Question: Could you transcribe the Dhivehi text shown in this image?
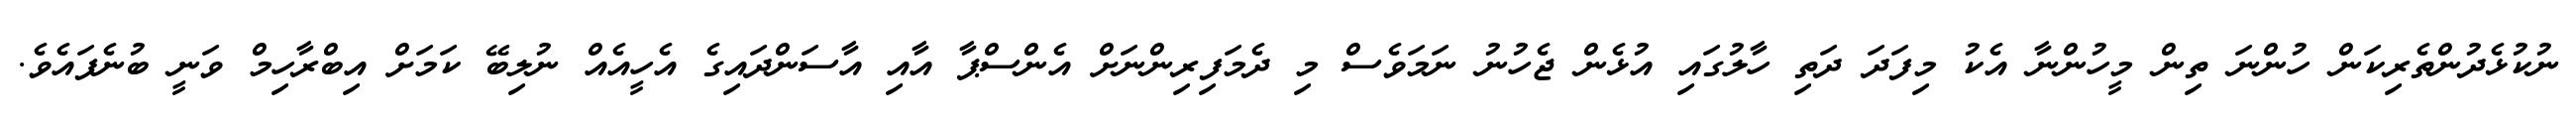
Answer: ނުކުޅެދުންތެރިކަން ހުންނަ ތިން މީހުންނާ އެކު މިފަދަ ދަތި ހާލުގައި އުޅެން ޖެހުނު ނަމަވެސް މި ދެމަފިރިންނަށް އެންސްޕާ އާއި އާސަންދައިގެ އެހީއެއް ނުލިބޭ ކަމަށް އިބްރާހިމް ވަނީ ބުނެފައެވެ.